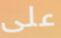
على